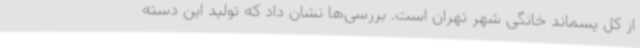
از کل پسماند خانگی شهر تهران است. بررسی‌ها نشان داد که تولید این دسته